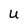
Character: U